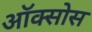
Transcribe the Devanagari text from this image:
ऑक्सोस